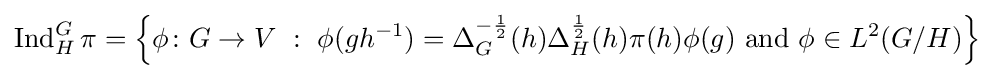
\operatorname {Ind} _{H}^{G}\pi =\left\{\phi \colon G\to V\ :\ \phi (gh^{-1})=\Delta _{G}^{-{\frac {1}{2}}}(h)\Delta _{H}^{\frac {1}{2}}(h)\pi (h)\phi (g){\text{ and }}\phi \in L^{2}(G/H)\right\}